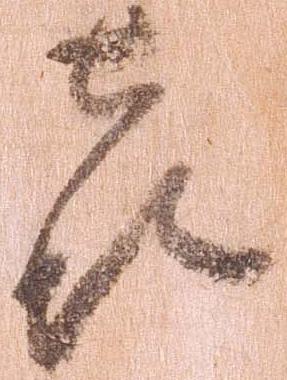
喜